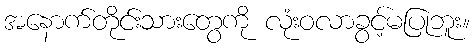
အနောက်တိုင်းသားတွေကို လုံးဝလာခွင့်မပြုဘူး။